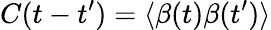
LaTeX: C(t-t^{\prime})=\langle\mathit{\beta}(t)\mathit{\beta}(t^{\prime})\rangle